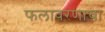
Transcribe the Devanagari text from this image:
फलावरणाचा